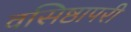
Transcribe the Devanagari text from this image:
वसिष्ठापरी